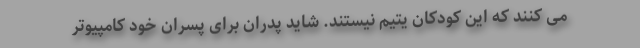
می کنند که این کودکان یتیم نیستند. شاید پدران برای پسران خود کامپیوتر